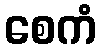
စေကံ